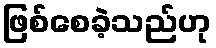
ဖြစ်စေခဲ့သည်ဟု